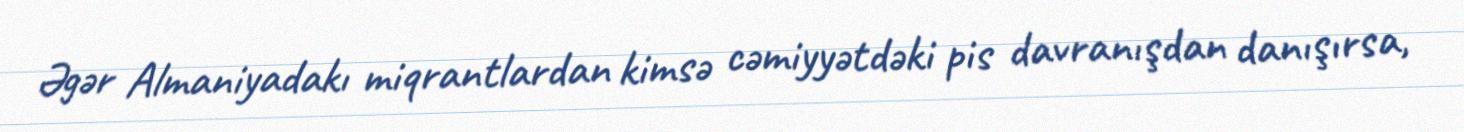
Əgər Almaniyadakı miqrantlardan kimsə cəmiyyətdəki pis davranışdan danışırsa,